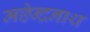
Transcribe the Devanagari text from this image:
मछेन्द्रनाथ